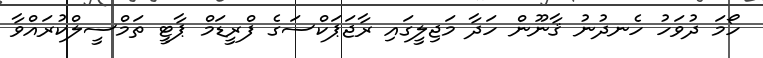
ހޯމަ ދުވަހު ހެނދުނު ޤާނޫން ހަދާ މަޖިލީގައި ރާޖަޕަކްސަގެ ފްރީޑަމް ޕާޓީ ތަމްސީލްކުރައްވާ